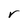
Character: r